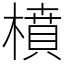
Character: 橨